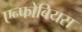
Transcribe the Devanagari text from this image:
एन्फोबियस